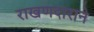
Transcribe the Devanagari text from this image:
राखणदाराने